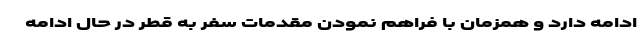
ادامه دارد و همزمان با فراهم نمودن مقدمات سفر به قطر در حال ادامه